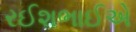
રઈશભાઈએ